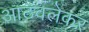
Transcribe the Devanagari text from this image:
आठवलेकर